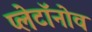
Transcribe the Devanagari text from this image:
प्लेटॉनोव